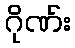
ဂိုဏ်း